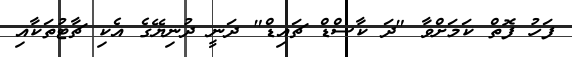
ފަހު ފޮތް ކަމަށްވާ "ދަ ކާސްޑް ޗައިޑް" ދަނީ ދުނިޔޭގެ އެކި ޗާޓުތަކާއި